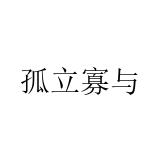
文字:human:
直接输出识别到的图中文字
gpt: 孤立寡与